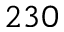
2 3 0